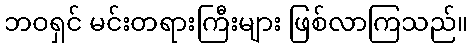
ဘဝရှင် မင်းတရားကြီးများ ဖြစ်လာကြသည်။